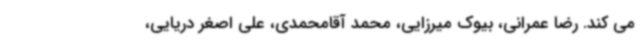
می کند. رضا عمرانی، بیوک میرزایی، محمد آقامحمدی، علی اصغر دریایی،